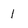
Character: I